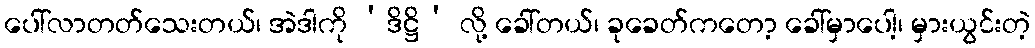
ပေါ်လာတတ်သေးတယ်၊ အဲဒါကို ‘ဒိဋ္ဌိ’ လို့ ခေါ်တယ်၊ ခုခေတ်ကတော့ ခေါ်မှာပေါ့၊ မှားယွင်းတဲ့